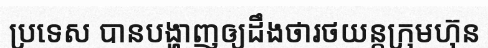
ប្រទេស បានបង្ហាញឲ្យដឹងថារថយន្តក្រុមហ៊ុន